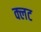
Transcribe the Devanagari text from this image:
क्लट